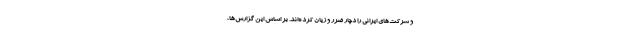
و شرکت‌های ایرانی را دچار ضرر و زیان کرده‌اند. بر اساس این گزارش‌ها،